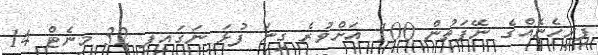
ފިރިހެނެއްގެ ނޭފަތުން 100 އަށްވުރެ ގިނަ ފުޅަ ނަގައިފި 32 މިނެޓް 14